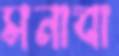
সনাবা